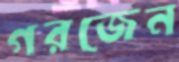
গরজেন